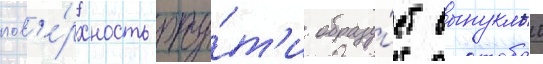
пов'е́рхность рту́т'и образу́ет выпуклыи